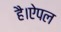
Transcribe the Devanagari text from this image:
है।ऐपल